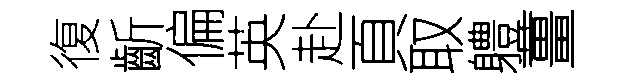
復齗偏英赴頁取軆薑